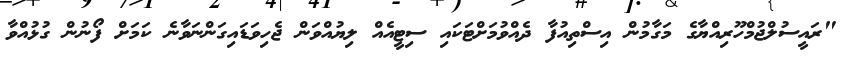
"ރައީސުލްޖުމްހޫރިއްޔާގެ މަގާމުން އިސްތިއުފާ ދެއްވުމަށްޓަކައި ސިޓީއެއް ލިޔުއްވަން ޖެހިވަޑައިގަންނަވާނެ ކަމަށް ފޯނުން ގުޅުއްވާ